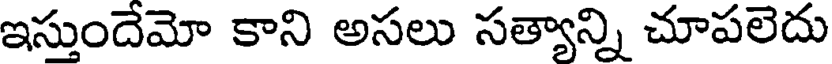
ఇస్తుందేమో కాని అసలు సత్యాన్ని చూపలెదు